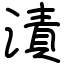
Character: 漬